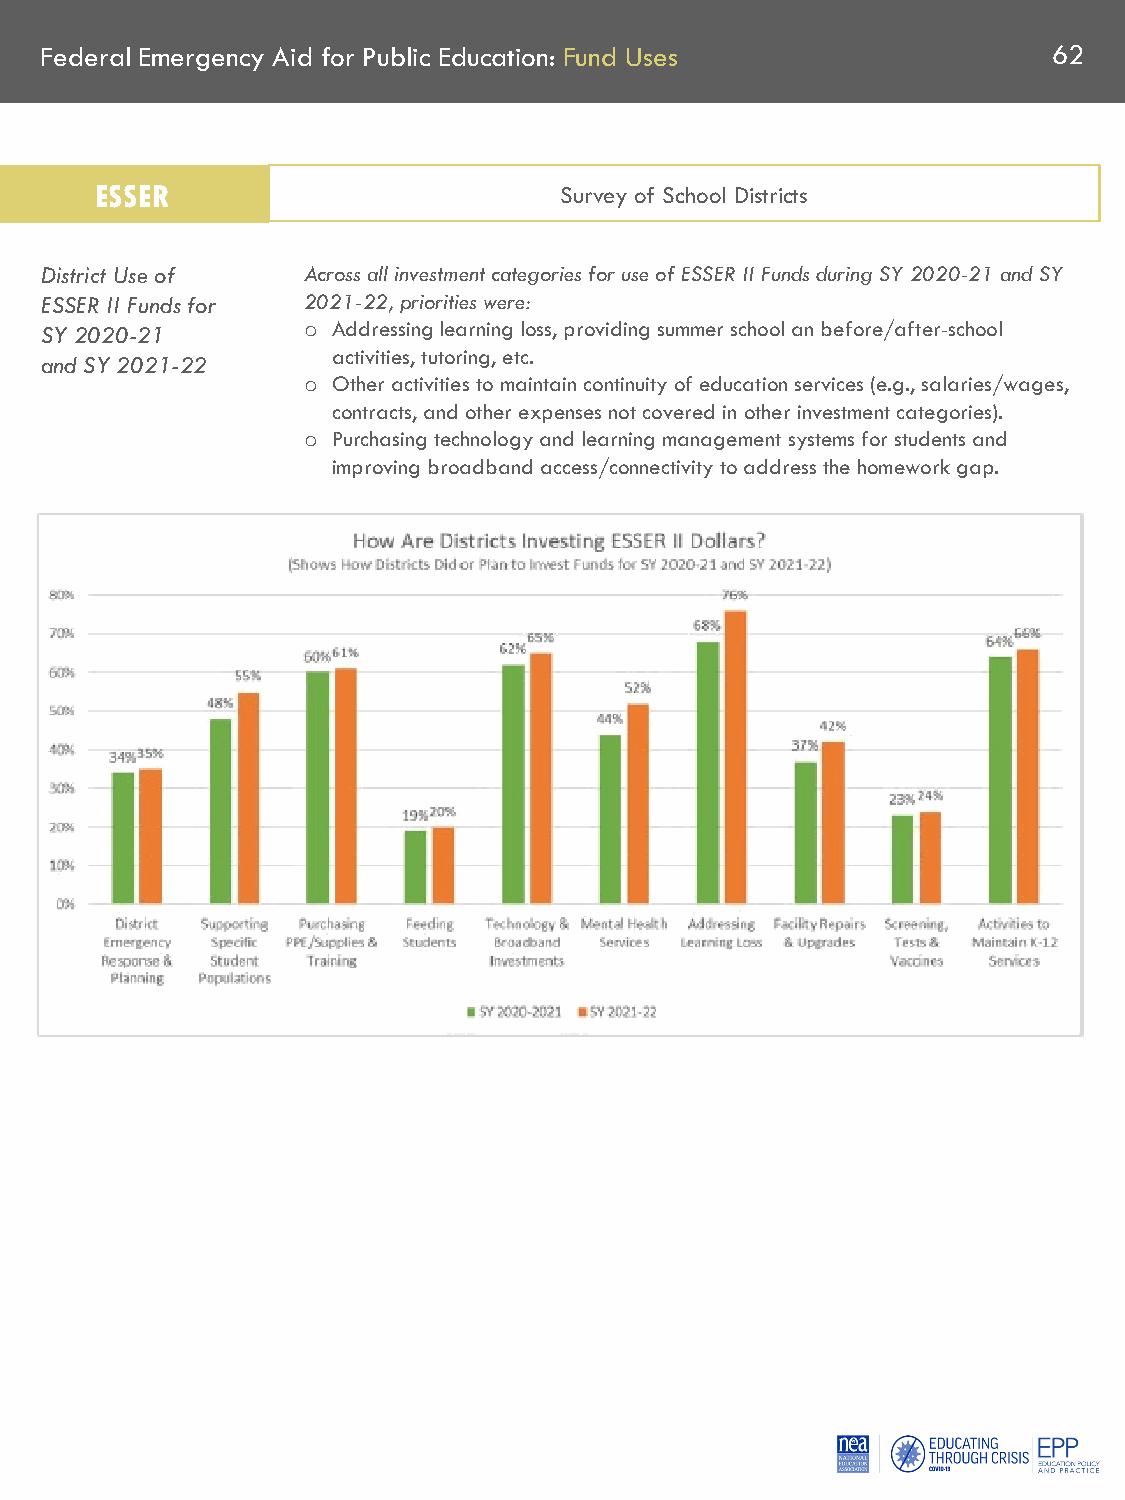
Federal Emergency Aid for Public Education: Fund Uses              62
 ESSER                          Survey of School Districts
 District Use of  Across all investment categories for use of ESSER II Funds during SY 2020-21 and SY
 ESSER II Funds for 2021-22, priorities were:
 SY 2020-21       o Addressing learning loss, providing summer school an before/after-school
 activities, tutoring, etc.
 and SY 2021-22
 Other activities to maintain continuity of education services (e.g., salaries/wages,
 o
 contracts, and other expenses not covered in other investment categories).
 Purchasing technology and learning management systems for students and
 o
 improving broadband access/connectivity to address the homework gap.